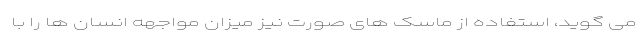
می گوید، استفاده از ماسک های صورت نیز میزان مواجهه انسان ها را با